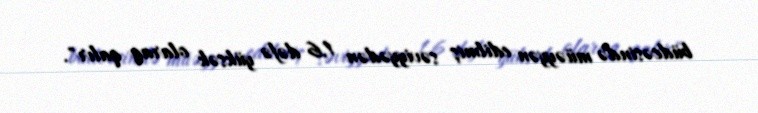
büdcəsində müəyyən edilmiş səviyyədən 1,6 dəfə yüksək olaraq qalır".